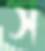
স